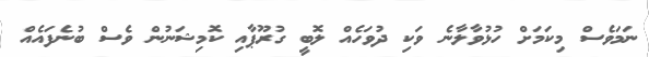
ނަމަވެސް މިކަމަށް ހުޅުވާލާނެ ވަކި ދުވަހެއް ލޮބީ ގުރޫޕާއި ކޮމިޝަނުން ވެސް ބުނެފައެއް